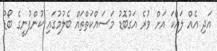
އަދި އެއް ލައްކަ އަށް ވުރެ އަގުބޮޑު މަސައްކަތްތައް ބެލުމުގައި ކުންފުނީގެ ބޯޑު